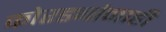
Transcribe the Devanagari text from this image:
कोरड्यांनाही